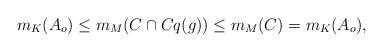
LaTeX: \begin{align*}m_K(A_o) \leq m_M(C \cap Cq(g)) \leq m_M(C) = m_K(A_o), \end{align*}